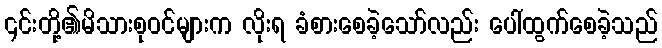
၎င်းတို့၏မိသားစုဝင်များက လိုးရ ခံစားစေခဲ့သော်လည်း ပေါ်ထွက်စေခဲ့သည်